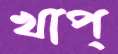
খাপ্